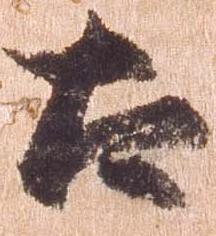
太